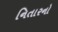
નિતારનો